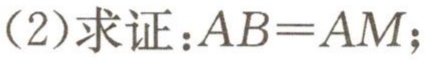
(2)求证：\(AB = AM\);